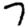
Digit: 7